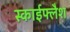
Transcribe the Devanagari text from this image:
स्काईफ्लैश